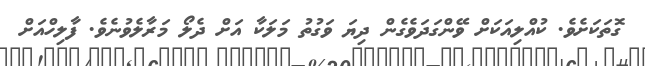
ގޮތަކަށެވެ. ކުއްލިއަކަށް ވޭންގަދަވެގެން ދިޔަ ވަގުތު މަލަކާ އަށް ދެލޯ މަރާލެވުނެވެ. ފާލިހްއަށް